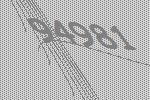
94981